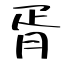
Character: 胥